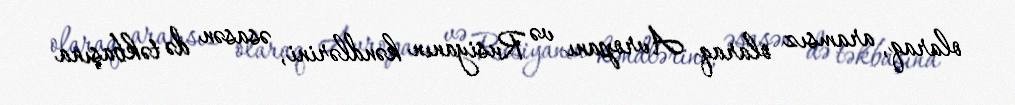
olaraq, aramsız olaraq Avropanı və Rusiyanın kəndlərini, əsasən də təkbaşına